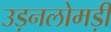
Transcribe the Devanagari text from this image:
उड़नलोमड़ी